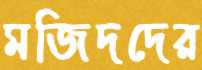
মজিদদের